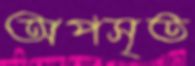
অপসৃত